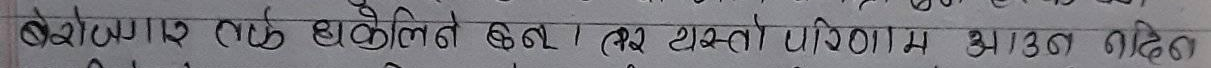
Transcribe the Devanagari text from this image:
बेरोजगार हुनु र हतोत्साहित हुन्छ । तर यस्तो परिणाम आउनुपर्छ ।